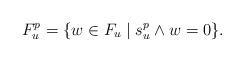
LaTeX: \begin{align*}F_u^p = \{ w \in F_u\mid s^p_u\wedge w = 0 \}.\end{align*}